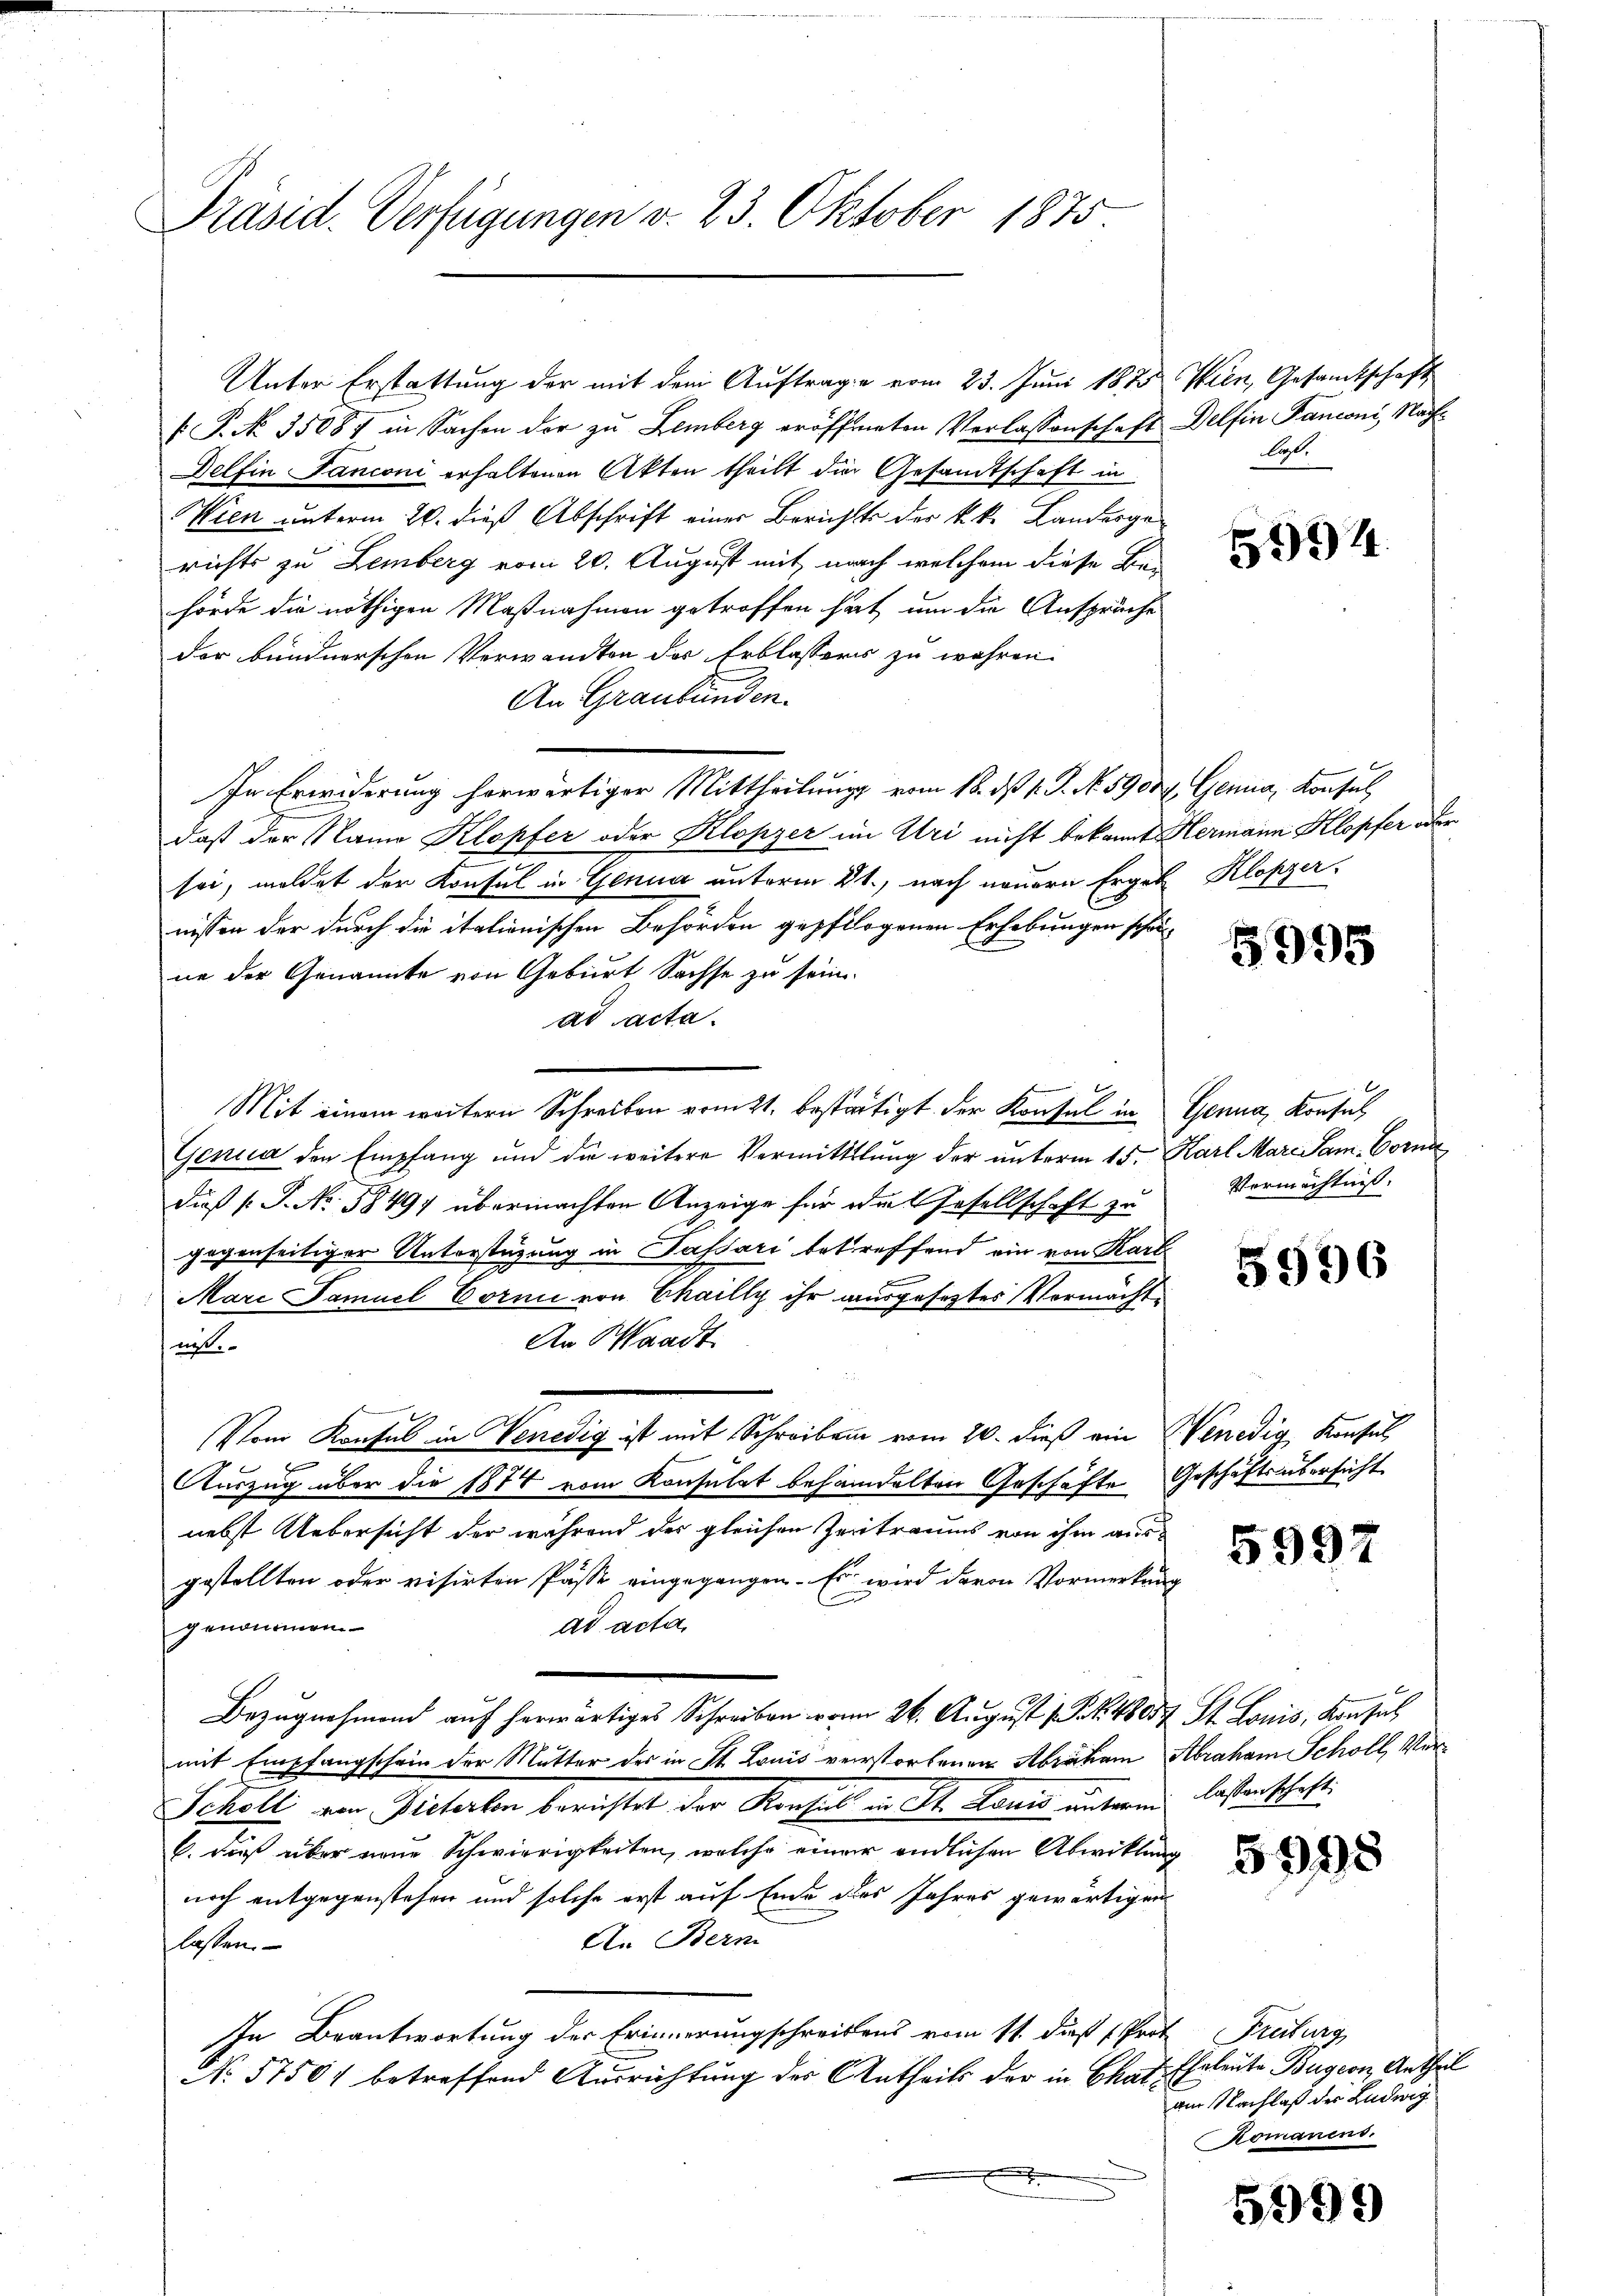
Präsid. Verfügungen v. 23. Oktober 1875

Unter Erstattung der mit dem Auftrage vom 23. Juni 1875
 P. No. 35087 in Sachen der zu Lemberg eröffneten Verlassenschaft Delfin Panconi, Nach¬
Delfin Fanconi erhaltenen Akten theilt die Gesandtschaft in
Wien unterm 20. dieß Abschrift einer Berichts der k.k. Landergerichts zu Lemberg vom 20. August mit nach welchem diese Behörde die nöthigen Maßnahmen getroffen hat, um die Anspruche
der bündnerschen Verwandten des Erblassers zu währen.
An Graubünden.
In Erwiderung herwärtiger Mittheilung vom 18. ds 1. J. No. 59004. Genua, Konsul
daß der Name Klopfer oder Klopzer im Uri nicht bekannt Hermann Klopfer oder
sei, meldet der Konsul in Genua unterm 21., nach neuern Ergeb Klopzer
nissen der durch die italienischen Behörden gepflogenen Erhebungen schä-
ne der Genannte von Geburt Sachse zu sein.
ad acta.
Mit einem weitern Schreiben vom 2t, bestätigt der Konsul in
Genua den Empfang und die weitere Vermittlung der unterm 15.
dieß s. S. No. 58497 übermachten Anzeige für die Gesellschaft zu
gegenseitiger Unterstüzung in Passari betreffend ein von Karl
Marc Samuel Cornii von Chailly ihr ausgesetztes Vermächt¬
An Waadt
net.
Vom Konsul in Venedig ist mit Schreiben vom 20. dieß ein

Auszug über die 1874 vom Konsulat behandelten Geschäfte
nebst Uebersicht der während der gleichen Zertraums von ihm ausgestellten oder visirten Pässe eingegangen. Es wird davon Vormerkun
ad acta.
genommen.
Bezŭgnehmend auf herwärtiges Schreiben von 26. August 1 S. 4805. St. Louis, Konsul
mit Empfangschein der Mutter des in St. Louis verstorbenen Abraham Abraham Schöll, Ver¬
Scholl von Pistorben berichtet der Konsul in St. Louis unterm lassenschaft
6. dieß über neue Schwierigkeiten, welche einer endlichen Abwicklun
noch entgegenstehen und solche erst auf Ende des Jahres gewärtigen
An Bern
lassen.
In Beantwortung der Erinnerungschreibens vom 11. dieß Prof. Freiburg,
No 57504 betreffend Ausrichtung der Antheils der in Chat. Eheleute Bürgern, Antheil

Wien, Gesamtschaft
las.

594

3995

Genua, Konsul
Harl Mar. Sam. Vorm
Vermächtnis.

5996

Wenedig, Konsul
Geschäftsobersicht

5997

5998

am Nachlaß des Ludwig
komanend.

5999